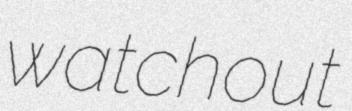
watchout